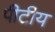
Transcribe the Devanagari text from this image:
पीटीय